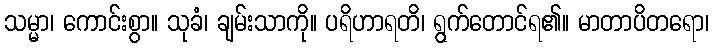
သမ္မာ၊ ကောင်းစွာ။ သုခံ၊ ချမ်းသာကို။ ပရိဟာရတိ၊ ရွက်တောင်ရ၏။ မာတာပိတရော၊